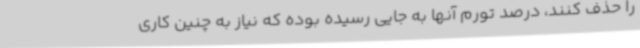
را حذف کنند، درصد تورم آنها به جایی رسیده بوده که نیاز به چنین کاری